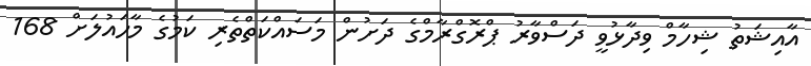
އާއިޝަތު ޝިހާމް ވިދާޅުވީ ދަސްވާރު ޕްރޮގްރާމްގެ ދަށުން މަސައްކަތްތެރި ކަމުގެ މާހައުލަށް 168